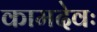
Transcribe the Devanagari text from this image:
कामदेवः